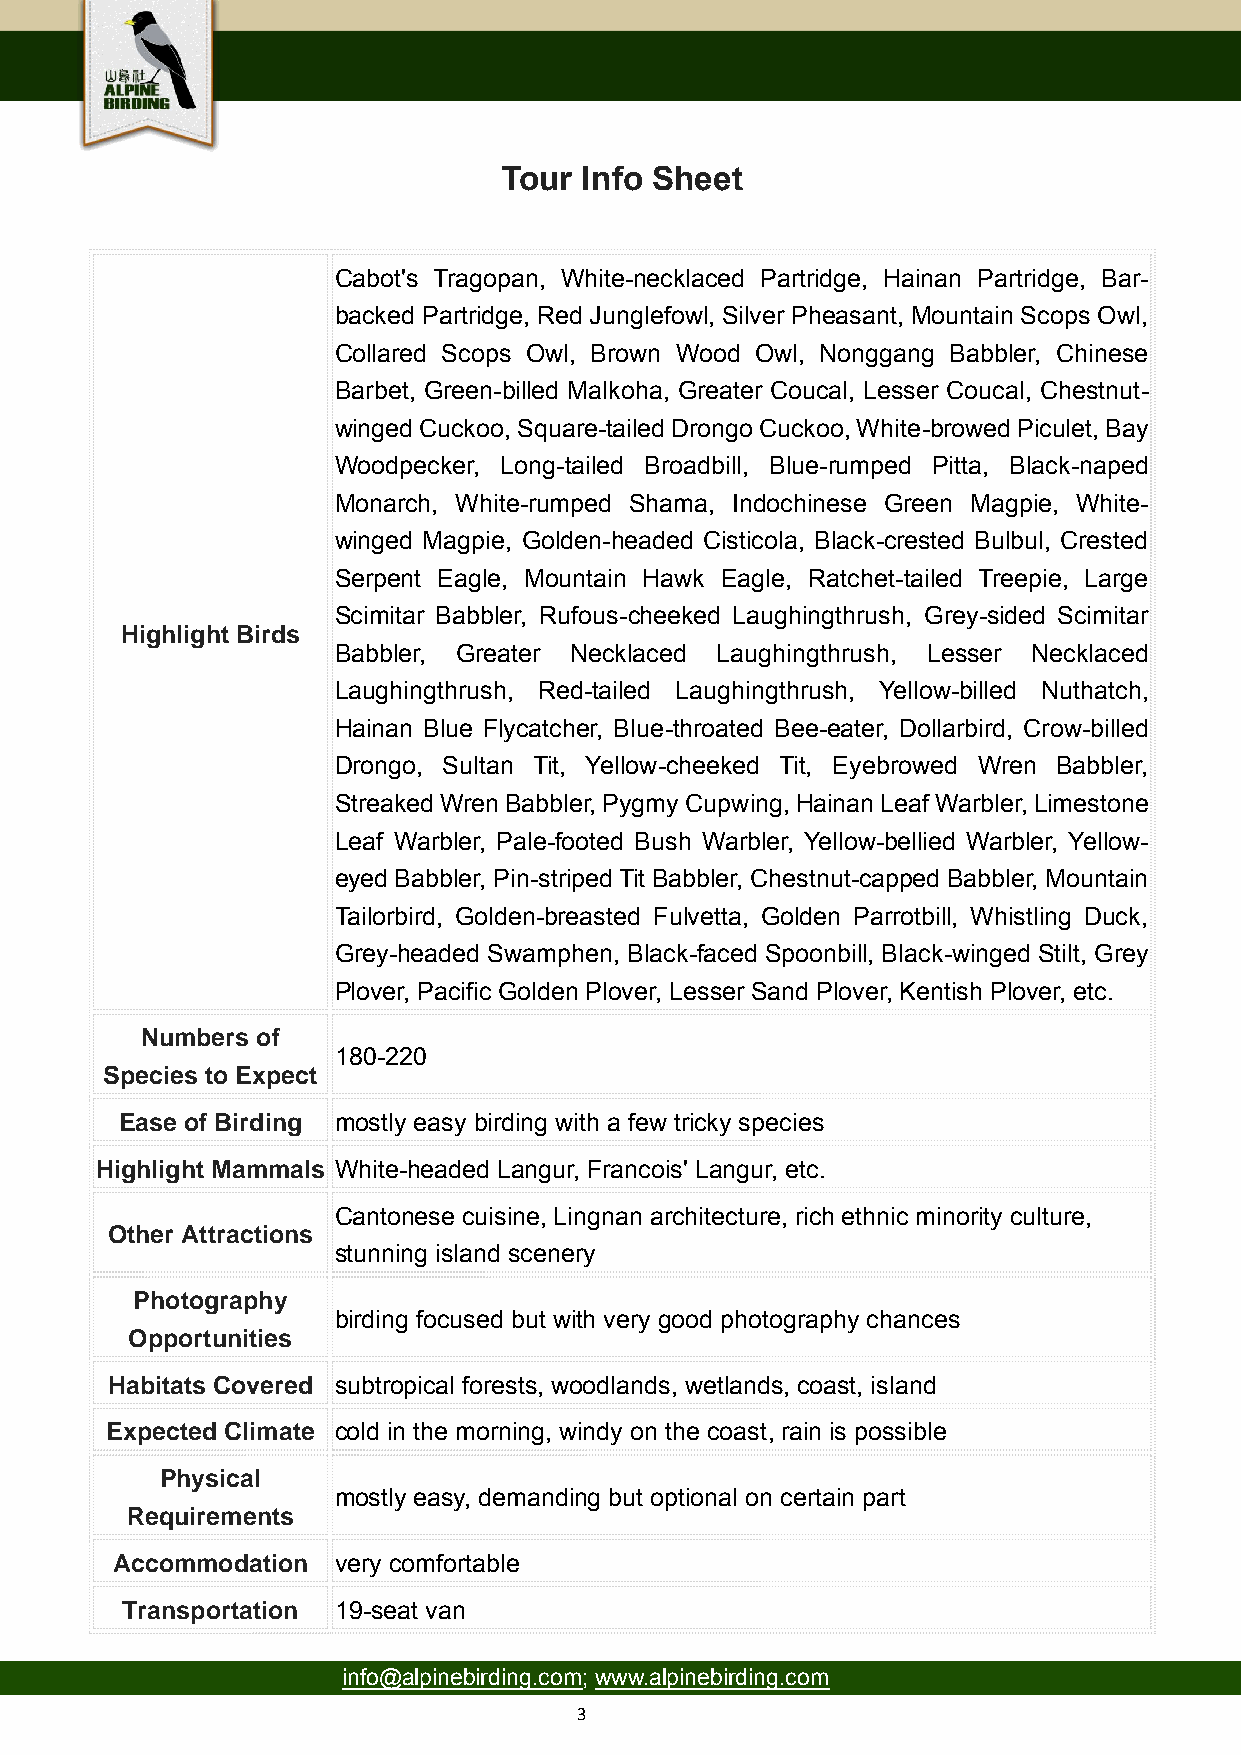
Tour Info Sheet
 Cabot's Tragopan, White-necklaced Partridge, Hainan Partridge, Bar-
 backed Partridge, Red Junglefowl, Silver Pheasant, Mountain Scops Owl,
 Collared Scops Owl, Brown Wood Owl, Nonggang Babbler, Chinese
 Barbet, Green-billed Malkoha, Greater Coucal, Lesser Coucal, Chestnut-
 winged Cuckoo, Square-tailed Drongo Cuckoo, White-browed Piculet, Bay
 Woodpecker, Long-tailed Broadbill, Blue-rumped Pitta, Black-naped
 Monarch, White-rumped Shama, Indochinese Green Magpie, White-
 winged Magpie, Golden-headed Cisticola, Black-crested Bulbul, Crested
 Serpent Eagle, Mountain Hawk Eagle, Ratchet-tailed Treepie, Large
 Scimitar Babbler, Rufous-cheeked Laughingthrush, Grey-sided Scimitar
 Highlight Birds
 Babbler, Greater Necklaced Laughingthrush, Lesser Necklaced
 Laughingthrush, Red-tailed Laughingthrush, Yellow-billed Nuthatch,
 Hainan Blue Flycatcher, Blue-throated Bee-eater, Dollarbird, Crow-billed
 Drongo, Sultan Tit, Yellow-cheeked Tit, Eyebrowed Wren Babbler,
 Streaked Wren Babbler, Pygmy Cupwing, Hainan Leaf Warbler, Limestone
 Leaf Warbler, Pale-footed Bush Warbler, Yellow-bellied Warbler, Yellow-
 eyed Babbler, Pin-striped Tit Babbler, Chestnut-capped Babbler, Mountain
 Tailorbird, Golden-breasted Fulvetta, Golden Parrotbill, Whistling Duck,
 Grey-headed Swamphen, Black-faced Spoonbill, Black-winged Stilt, Grey
 Plover, Pacific Golden Plover, Lesser Sand Plover, Kentish Plover, etc.
 Numbers of
 180-220
 Species to Expect
 Ease of Birding mostly easy birding with a few tricky species
 Highlight Mammals White-headed Langur, Francois' Langur, etc.
 Cantonese cuisine, Lingnan architecture, rich ethnic minority culture,
 Other Attractions
 stunning island scenery
 Photography
 birding focused but with very good photography chances
 Opportunities
 Habitats Covered subtropical forests, woodlands, wetlands, coast, island
 Expected Climate cold in the morning, windy on the coast, rain is possible
 Physical
 mostly easy, demanding but optional on certain part
 Requirements
 Accommodation  very comfortable
 Transportation 19-seat van
 info@alpinebirding.com; www.alpinebirding.com
 3